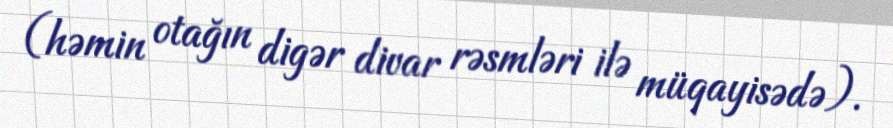
(həmin otağın digər divar rəsmləri ilə müqayisədə).